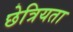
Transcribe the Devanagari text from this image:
छेत्रियता